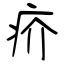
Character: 疥